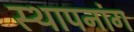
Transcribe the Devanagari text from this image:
स्थापनांग